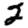
Digit: 2